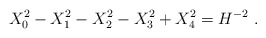
\begin{align*}X^2_0 -X^2_1-X^2_2 -X^2_3+ X^2_4 = H^{-2} \ .\end{align*}